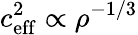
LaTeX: c_{\mathrm{eff}}^{2}\propto\rho^{-1/3}